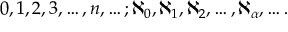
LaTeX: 0 , 1 , 2 , 3 , \ldots , n , \ldots ; \aleph _ { 0 } , \aleph _ { 1 } , \aleph _ { 2 } , \ldots , \aleph _ { \alpha } , \ldots .